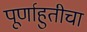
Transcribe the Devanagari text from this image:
पूर्णाहुतीचा